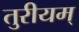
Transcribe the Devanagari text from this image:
तुरीयम्‌